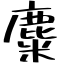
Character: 麋